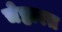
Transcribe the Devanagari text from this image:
चेष्टारत